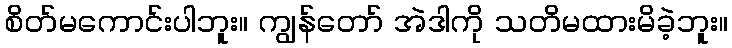
စိတ်မကောင်းပါဘူး။ ကျွန်တော် အဲဒါကို သတိမထားမိခဲ့ဘူး။